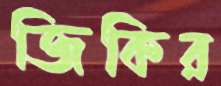
জিকির